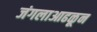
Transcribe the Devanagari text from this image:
जंगलाआढळून